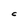
Character: C